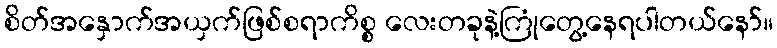
စိတ်အနှောက်အယှက်ဖြစ်စရာကိစ္စ လေးတခုနဲ့ကြုံတွေ့နေရပါတယ်နော်။